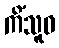
ကိံသူဓ